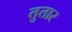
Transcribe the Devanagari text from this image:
तुतार